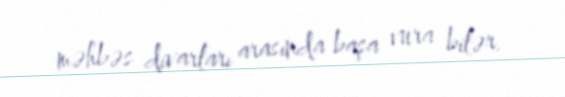
məhbəs divarları arasında başa vura bilər.